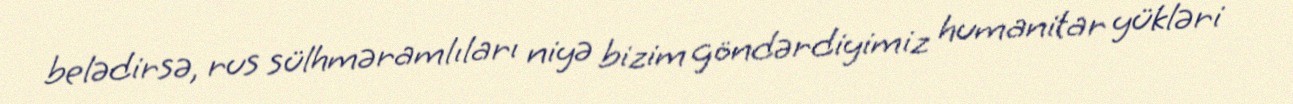
belədirsə, rus sülhməramlıları niyə bizim göndərdiyimiz humanitar yükləri